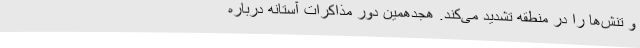
و تنش‌ها را در منطقه تشدید می‌کند. هجدهمین دور مذاکرات آستانه درباره